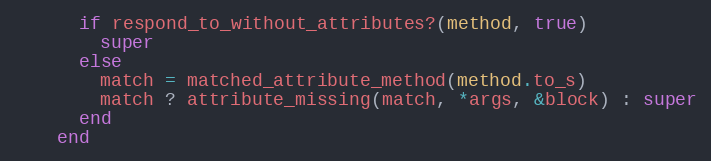
Language: Ruby
      if respond_to_without_attributes?(method, true)
        super
      else
        match = matched_attribute_method(method.to_s)
        match ? attribute_missing(match, *args, &block) : super
      end
    end